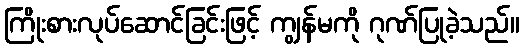
ကြိုးစားလုပ်ဆောင်ခြင်းဖြင့် ကျွန်မကို ဂုဏ်ပြုခဲ့သည်။